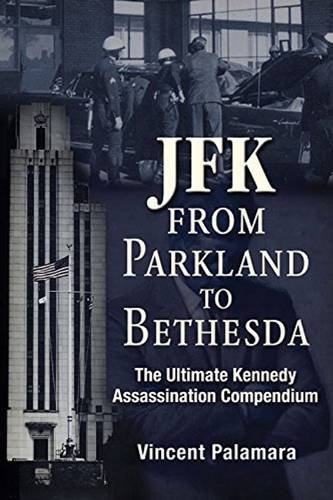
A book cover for JFK: From Parkland to Bethesda: The Ultimate Kennedy Assassination Compendium; Vincent Palamara; Biographies & Memoirs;